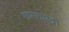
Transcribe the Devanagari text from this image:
शामशास्त्री